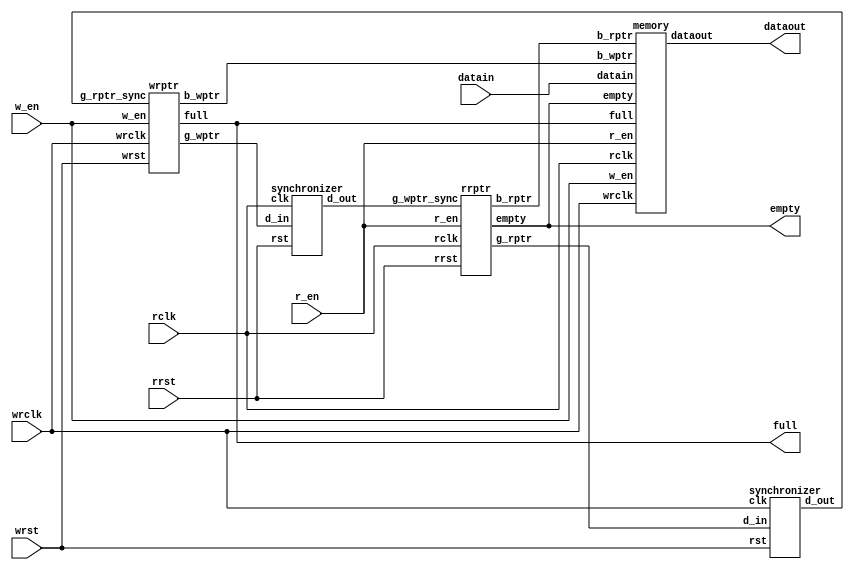
module FIFO(w_en,r_en,wrclk,rclk,datain,dataout,wrst,rrst,full,empty);

parameter Datawidth = 8;
parameter Width = 3;
parameter Depth = 8;


input w_en,r_en,wrclk,rrst,rclk,wrst;
input [Datawidth-1:0]datain;
output [Datawidth-1:0]dataout;
output empty,full;

wire [Width:0]b_rptr,b_wptr,g_rptr,g_wptr;
wire [Width:0]g_rptr_sync,g_wptr_sync;

synchronizer wdsync(.clk(rclk),
                    .rst(rrst),
                    .d_in(g_wptr),
                    .d_out(g_wptr_sync));


synchronizer rdsync(.clk(wrclk),
                    .rst(wrst),
                    .d_in(g_rptr),
                    .d_out(g_rptr_sync));

wrptr write_mod (.wrclk(wrclk),
                .wrst(wrst),
                .g_wptr(g_wptr),
                .b_wptr(b_wptr),
                .full(full),
                .w_en(w_en),
                .g_rptr_sync(g_rptr_sync));

rrptr read_mod (.rclk(rclk),
                .rrst(rrst),
                .g_rptr(g_rptr),
                .b_rptr(b_rptr),
                .empty(empty),
                .r_en(r_en),
                .g_wptr_sync(g_wptr_sync));


memory mem(.w_en(w_en),
           .r_en(r_en),
           .wrclk(wrclk),
           .rclk(rclk),
           .b_rptr(b_rptr),
           .b_wptr(b_wptr),
           .empty(empty),
           .full(full),
           .datain(datain),
           .dataout(dataout));

endmodule

module wrptr(wrclk,wrst,g_rptr_sync,b_wptr,g_wptr,full,w_en);

parameter Datawidth = 8;
parameter Width = 3;
parameter Depth = 8;


input wrclk,wrst,w_en;
input [Width:0]g_rptr_sync;
output reg full;
output reg [Width:0]b_wptr,g_wptr;
wire [Width:0]b_wptr_next,g_wptr_next;
wire wfull;


assign b_wptr_next = b_wptr + (w_en & !full);
assign g_wptr_next = (b_wptr_next >> 1) ^ b_wptr_next;
assign wfull = (g_wptr_next == {~g_rptr_sync[Width:Width-1], g_rptr_sync[Width-2:0]});

always @ (posedge wrclk or negedge wrst) begin
  if (!wrst) begin
    b_wptr <= 0;
    g_wptr <= 0;
    full <= 0;
  end
  else begin
    b_wptr <= b_wptr_next;
    g_wptr <= g_wptr_next;
    full <= wfull;
  end;
end

endmodule

module rrptr(rclk,r_en,g_wptr_sync,b_rptr,g_rptr,rrst,empty);

parameter Datawidth = 8;
parameter Width = 3;
parameter Depth = 8;


input rclk,r_en,rrst;
output reg [Width:0]b_rptr,g_rptr;
output reg empty;
input [Width:0]g_wptr_sync;
wire [Width:0]b_rptr_next,g_rptr_next;
wire rempty;

assign rempty = (g_rptr_next == g_wptr_sync);
assign b_rptr_next = b_rptr + (r_en & !empty);
assign g_rptr_next = ((b_rptr_next >> 1) ^ b_rptr_next);


always @ (posedge rclk or negedge rrst) begin
  if (!rrst) begin
    b_rptr <= 0;
    g_rptr <= 0;
    empty <= 1;
  end
  else begin
    b_rptr <= b_rptr_next;
    g_rptr <= g_rptr_next;
    empty <= rempty;
  end
end

endmodule

module memory(b_rptr,b_wptr,full,empty,wrclk,rclk,datain,dataout,w_en,r_en);


parameter Datawidth = 8;
parameter Width = 3;
parameter Depth = 8;


input full,empty,w_en,r_en,wrclk,rclk;
input [Width:0]b_rptr,b_wptr;
input [Datawidth-1:0]datain;
output [Datawidth-1:0]dataout;

reg [Datawidth-1:0] fifo[Depth-1:0];

always @ (posedge wrclk) begin
  if(w_en & !full) begin
    fifo[b_wptr[Width-1:0]] <= datain[Datawidth-1:0];
  end
end

assign dataout[Datawidth-1:0] = fifo[b_rptr[Width-1:0]];
endmodule


module synchronizer(clk,rst,d_in,d_out);

parameter Datawidth = 8;
parameter Width = 3;
parameter Depth = 8;


  input clk,rst;
  input [Width:0]d_in;
  output reg [Width:0]d_out;
  reg [Width:0] q1;
  always@(posedge clk or negedge rst) begin
    if(!rst) begin
      q1 <= 0;
      d_out <= 0;
    end
    else begin
      q1 <= d_in;
      d_out <= q1;
    end
  end
endmodule